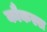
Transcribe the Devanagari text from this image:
कौकस्स